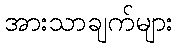
အားသာချက်များ